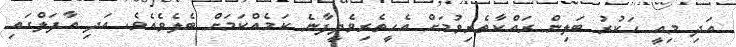
އަދި މިއީ ހަކުރު ބަލިން ރައްކާތެރިވުމަށް އެހީތެރިވެދީފާނެ ކަމެއްކަމަށް ބެލެވެއެވެ. އަދި އާފަލްގައި